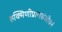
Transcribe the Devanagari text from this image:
रुक्मिणीप्राणसंजीवनं